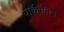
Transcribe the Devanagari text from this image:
पार्कमैदान